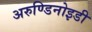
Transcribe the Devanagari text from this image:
अरुण्डिनोइडी